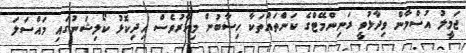
ޖަމީލު އުސްމާން ވިދާޅުވީ ރަނިންމޭޓްގެ ކަންތައްތަކާ ހިސާބުން މިހާރުވެސް އިދިކޮޅު ކޯލިޝަނުގައި މައްސަލަ